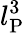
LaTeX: l_{\mathrm{P}}^{3}